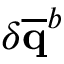
\delta \mathbf { \overline { { q } } } ^ { b }